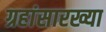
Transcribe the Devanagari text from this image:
ग्रहांसारख्या